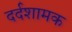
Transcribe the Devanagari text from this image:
दर्दशामक